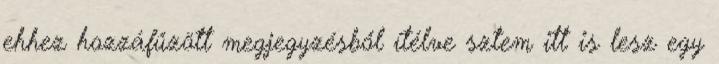
ehhez hozzáfűzött megjegyzésből ítélve sztem itt is lesz egy